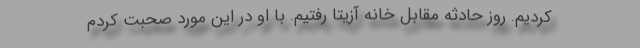
کردیم. روز حادثه مقابل خانه آزیتا رفتیم. با او در این مورد صحبت کردم